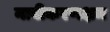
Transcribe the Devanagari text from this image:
नावीकरणक्षम